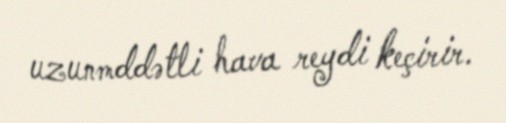
uzunmddətli hava reydi keçirir.